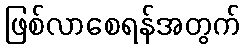
ဖြစ်လာစေရန်အတွက်